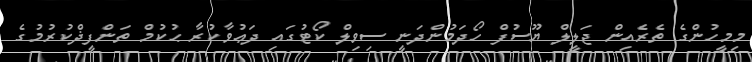
މިމީހުންގެ ތެރެއިން ޖަލީލް ޔޫސުފް ހޯދަމުންދަނީ ސިވިލް ކޯޓުގައި ދަޢުވާކުރާ ޙުކުމް ތަންފީޛްކުރުމުގެ